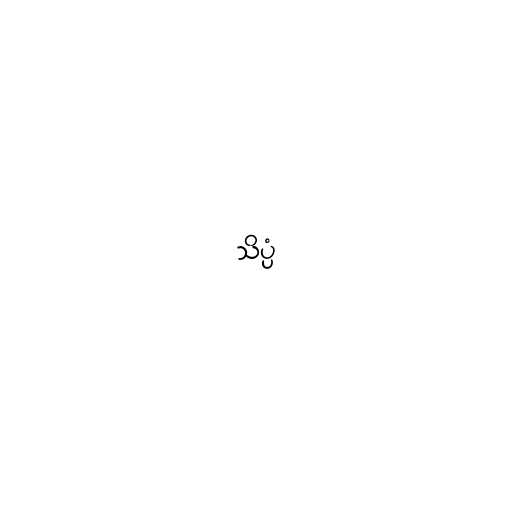
သိပ္ပံ